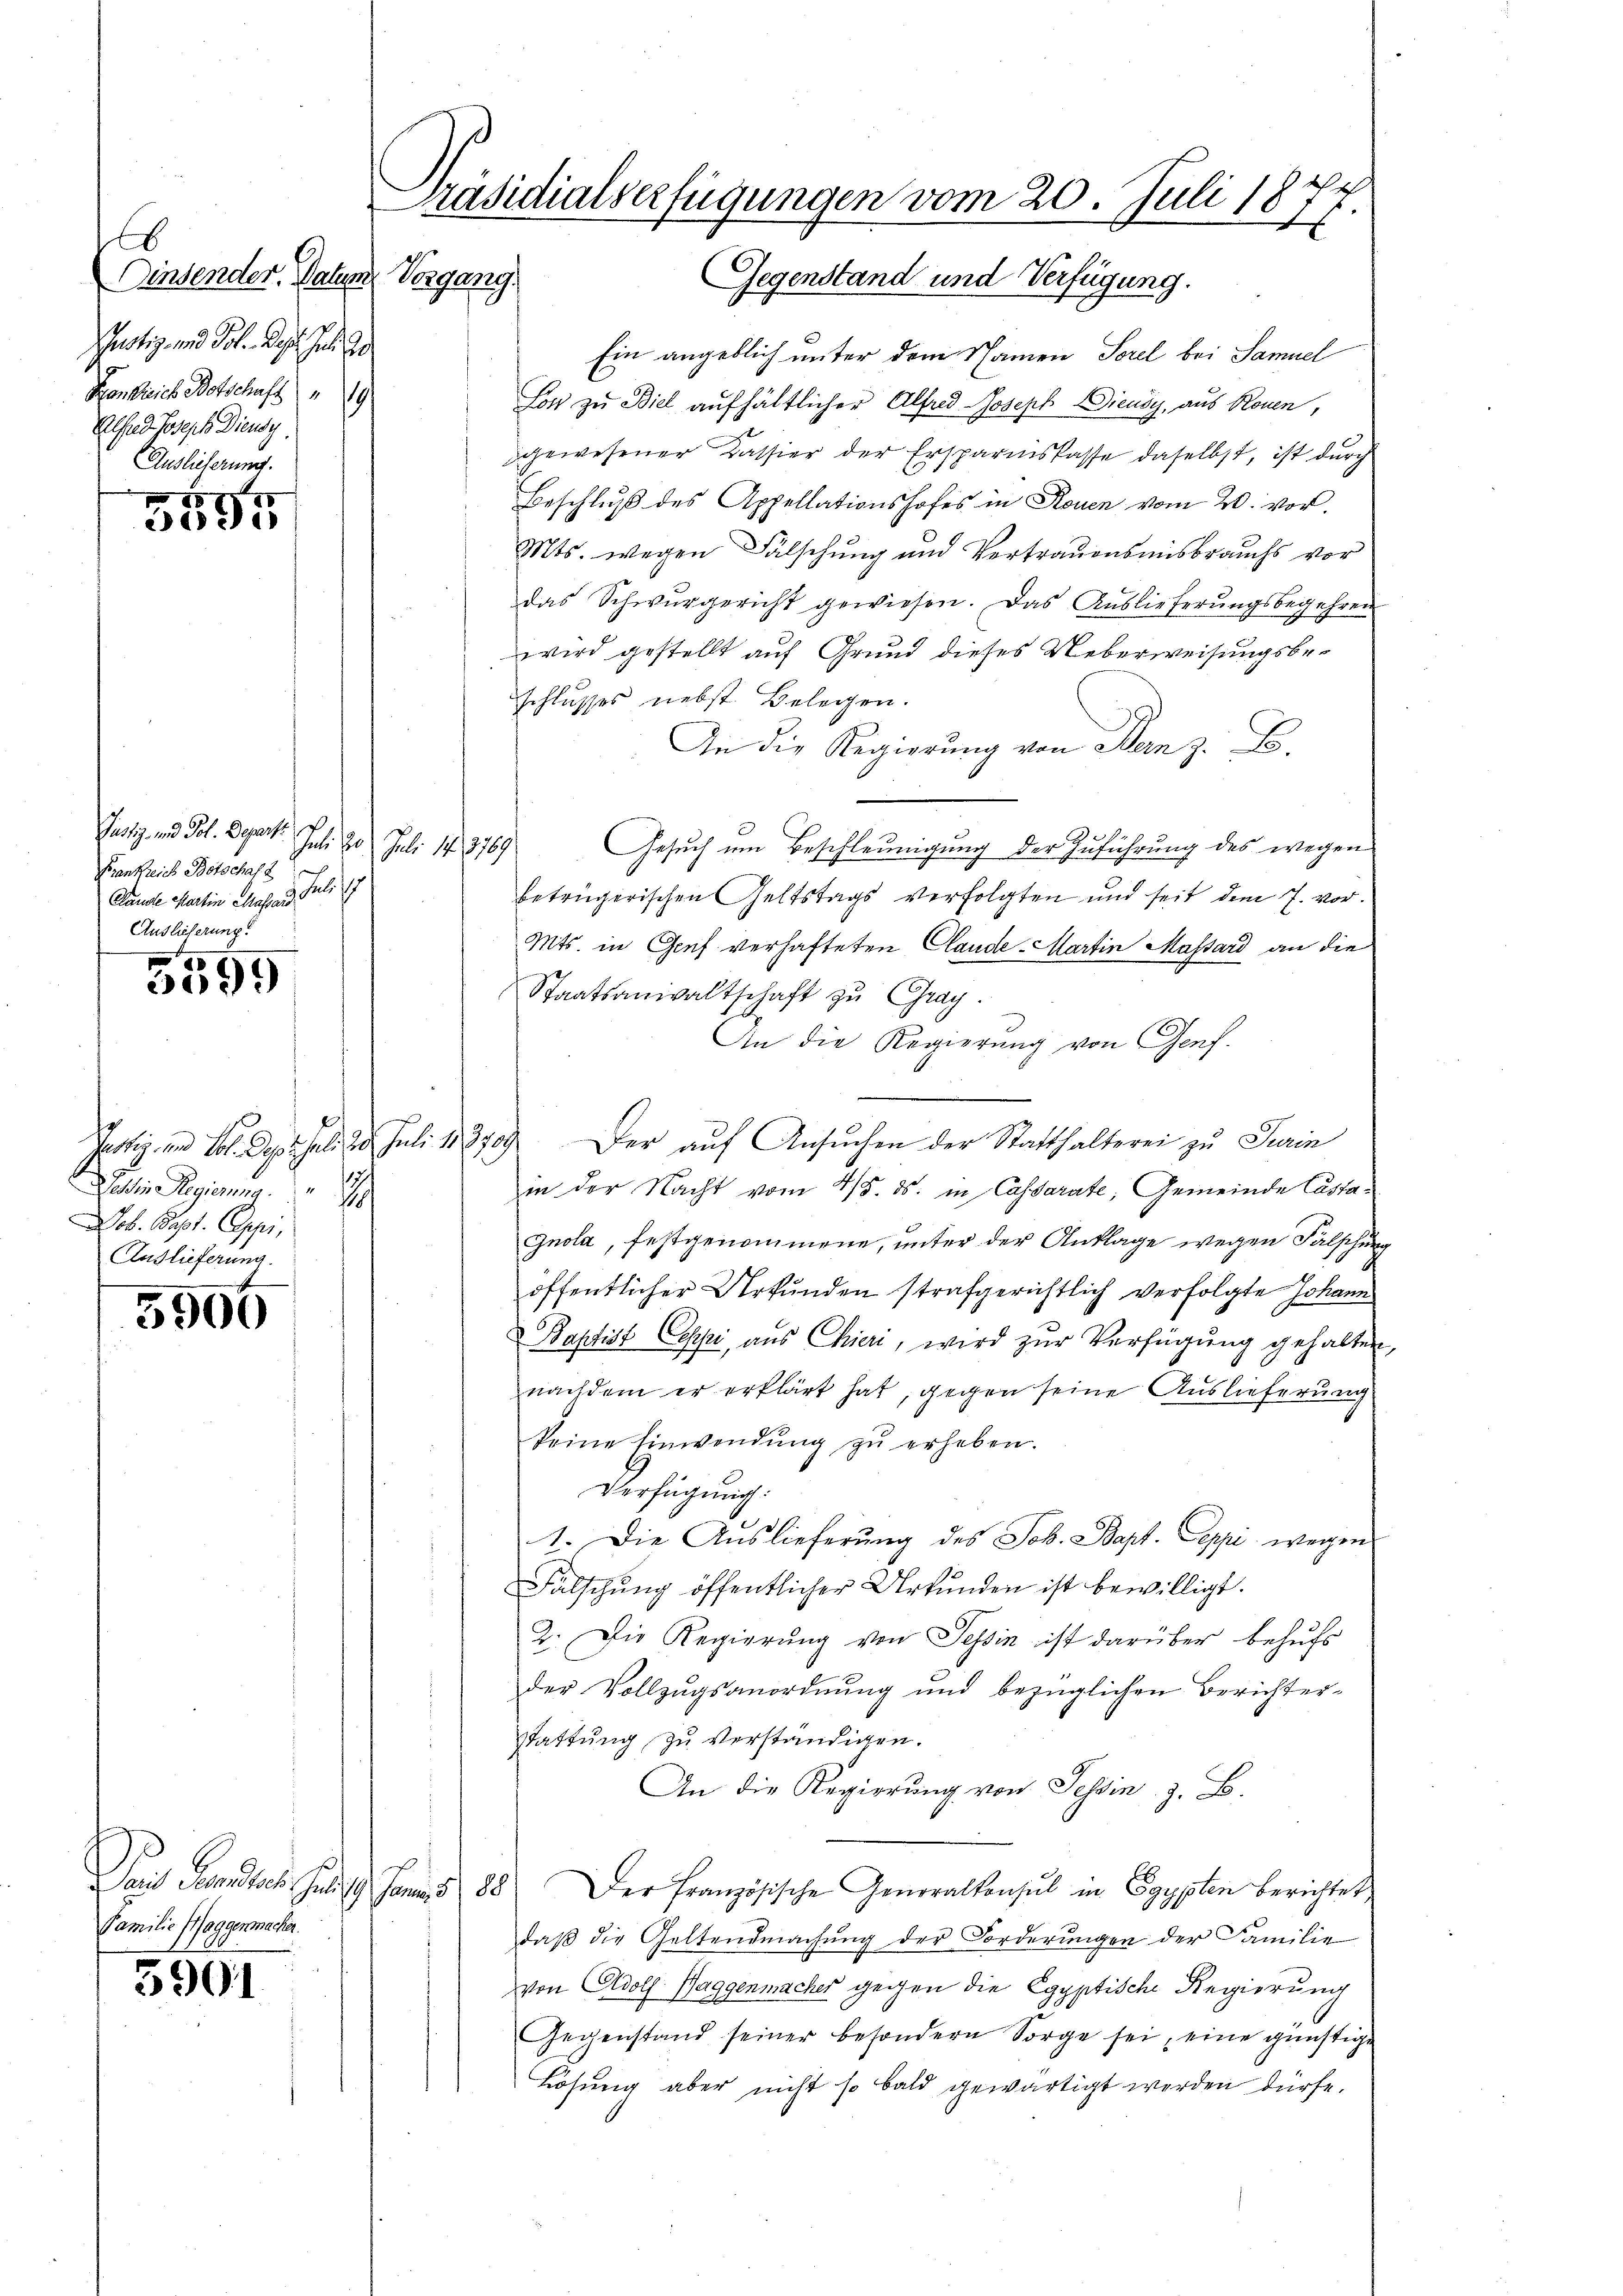
b
Einsender. Datum Vorgang
Justiz- und Pol. Basel. Juli ge
Honkreich Botschaft 19
Alfred Joseph Diensy
Auslieferung.

88
3095

Justiz- und Pol. Departe
Juli 20. Juli 178769
Krankreich Botschaft
Pandte Martin Mass in
Auslieferung

2
5099

Rattin Regierung
ob. Bapt. Ceppi,
Auslieferung.

5906

Familie Haggenmacher.

3991

Präsidialverfügungen vom 20. Juli 1877
Gegenstand und Verfügung.

Ein angeblich unter dem Namen Sorel bei Samuel
Lon zu Biel aufhältlicher Alfred Joseph DDieudy, aus Rouen,
gewesener Kassier der Ersparmskasse daselbst, ist durch
Beschluß des Appellationshofes in Rouen vom 20. vor.
Mts. wegen Fälschung und Vertrauensmisbrauchs vor
das Schwurgericht gewiesen. Das Auslieferungsbegehren
wird gestellt auf Grund dieses Ueberweisungsbeschlusses nebst Belegen.
An die Regierung von Bern z. B.
Gesuch um Beschleunigung der Zuführung des wegen
betrügerischen Geltstags verfolgten und seit dem 7. vor.
Mts. in Genf verhafteten Claude-Martin Massard an die
Staatsanwaltschaft zu Gray.
An die Regierung von Genf.
Justiz und Vol. Der Juli d. Juli 18709. Der auf Ansuchen der Statthalterei zu Turin
in der Nacht vom 4/5. ds. in Cassarate, Gemeinde Castagnola, festgenommene, unter der Anklage wegen Fälschung
öffentlicher Urkunden strafgerichtlich verfolgte Johann
Baptist Copi, aŭs Chieri, wird zŭr Verfügung gehalten,
nachdem er erklärt hat, gegen seine Auslieferung
keine Einwendŭng zŭ erheben.
Verfügung.
1. Die Auslieferŭng des Joh. Bapt. Seppi wegen
Fälschung öffentlicher Urkunden ist bewilligt.
2. Die Regierung von Tessin ist darüber behufs
der Vollzugsanordnung und bezüglichen Berichter¬
Stattung zu verständigen.
An die Regierung von Tessin, z. B.
Damit Pandten sind. 9. Jans 88) Der französische Generalkonsul in Egypten berichtet,
daß die Geltendmachung der Forderungen der Familie
von Adolf Haggenmacher gegen die Egyptische Regierung
Gegenstand seiner besondere Sorge sei, eine günstige
Lösung aber nicht so bald gewärtigt werden dürfe.